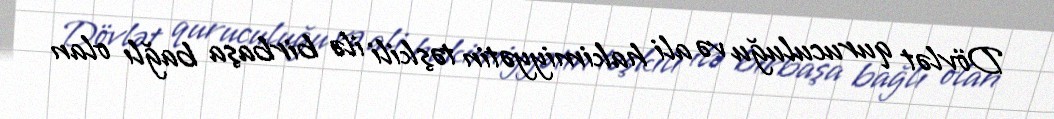
Dövlət quruculuğu və ali hakimiyyətin təşkili ilə birbaşa bağlı olan